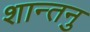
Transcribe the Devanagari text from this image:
शान्‍तनु